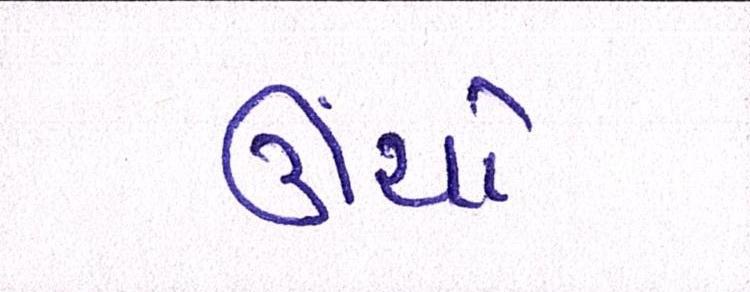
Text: ઊંચો